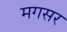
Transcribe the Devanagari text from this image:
मगसर